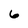
Character: 6